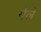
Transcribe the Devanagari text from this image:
गेलें